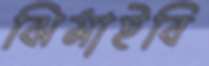
ঝিমাইবি